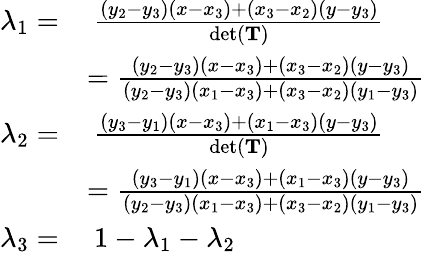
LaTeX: {\begin{array}{rl}{\lambda_{1}=}&{\ {\frac{(y_{2}-y_{3})(x-x_{3})+(x_{3}-x_{2})(y-y_{3})}{\operatorname*{det}(\mathbf{T})}}}\\ &{={\frac{(y_{2}-y_{3})(x-x_{3})+(x_{3}-x_{2})(y-y_{3})}{(y_{2}-y_{3})(x_{1}-x_{3})+(x_{3}-x_{2})(y_{1}-y_{3})}}}\\ {\lambda_{2}=}&{\ {\frac{(y_{3}-y_{1})(x-x_{3})+(x_{1}-x_{3})(y-y_{3})}{\operatorname*{det}(\mathbf{T})}}}\\ &{={\frac{(y_{3}-y_{1})(x-x_{3})+(x_{1}-x_{3})(y-y_{3})}{(y_{2}-y_{3})(x_{1}-x_{3})+(x_{3}-x_{2})(y_{1}-y_{3})}}}\\ {\lambda_{3}=}&{\ 1-\lambda_{1}-\lambda_{2}}\end{array}}